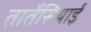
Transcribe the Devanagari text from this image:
तार्तेसियाई